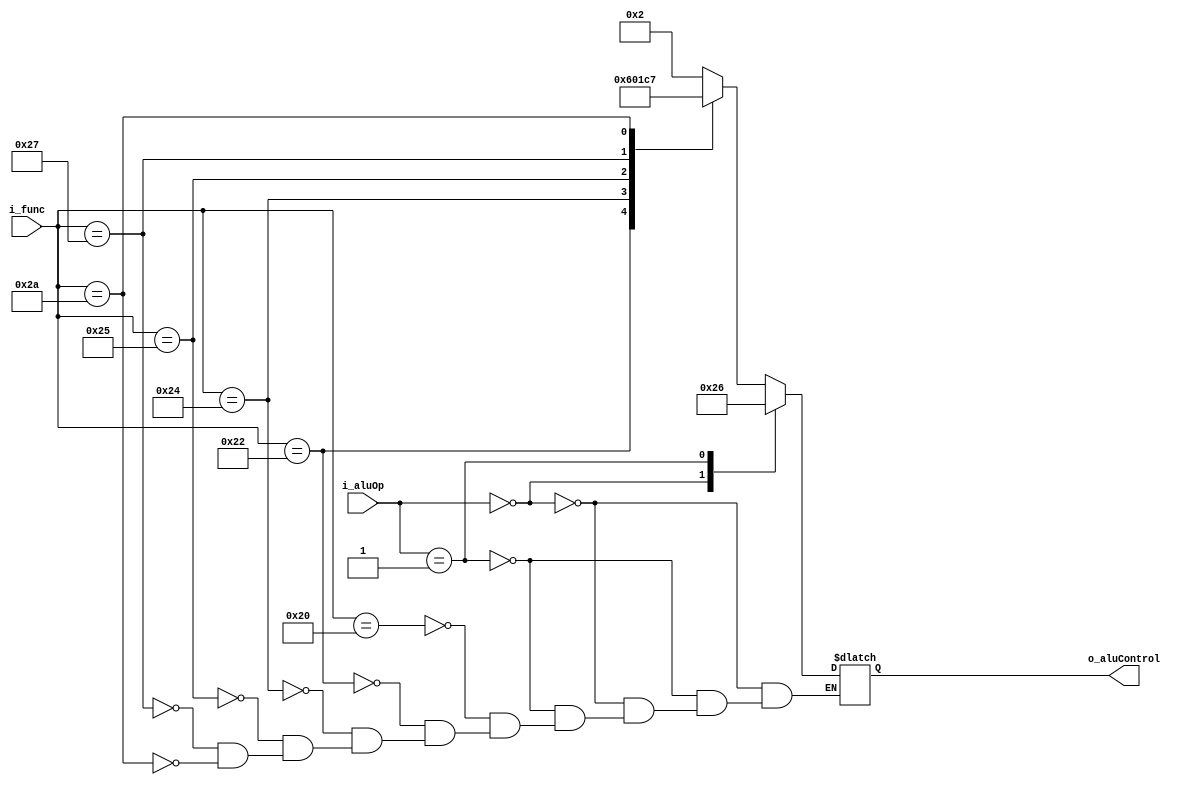
module aluControl(i_aluOp, i_func, o_aluControl);
 
input       [1:0]   i_aluOp;
input       [5:0]   i_func;
output  reg [3:0]   o_aluControl;

localparam AND = 4'b0000, OR = 4'b0001, ADD = 4'b0010;
localparam SUB = 4'b0110, SOLT = 4'b0111, NOR = 4'b1100;

always@(*)begin
	case (i_aluOp)
		2'b00: o_aluControl = ADD;
		2'b01: o_aluControl = SUB;
		default:case(i_func)
			6'b10_0000: o_aluControl = ADD;
			6'b10_0010: o_aluControl = SUB;
			6'b10_0100: o_aluControl = AND;
			6'b10_0101: o_aluControl = OR;
			6'b10_0111: o_aluControl = NOR;
			6'b10_1010: o_aluControl = SOLT;
		endcase // i_func
	endcase // i_aluOp
end
endmodule